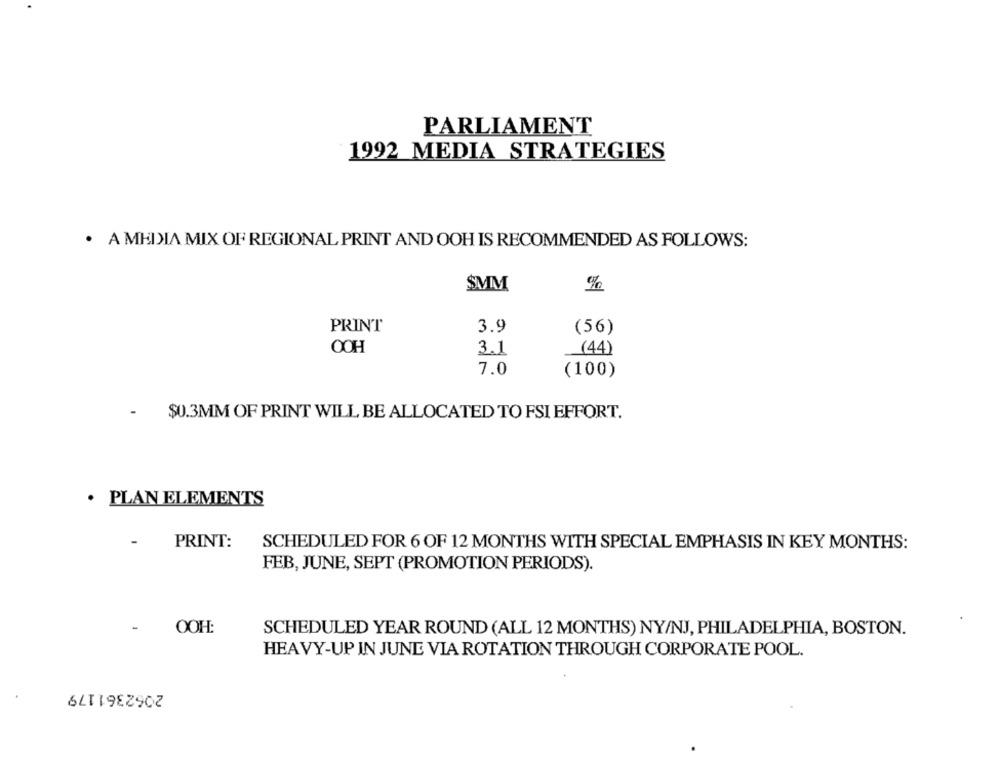
PARLIAMENT
1992 MEDIA STRATEGIES
. A MHDDIA MIX OF REGIONAL PRINT AND OOH IS RECOMMENDED AS FOLLOWS:
$MM
PRINT
3.9
(56)
OOH
3.1
(44)
7.0
(100)
$0.3MM OF PRINT WILL BE ALLOCATED TO FSI EFFORT.
. PLAN ELEMENTS
PRINT:
SCHEDULED FOR 6 OF 12 MONTHS WITH SPECIAL EMPHASIS IN KEY MONTHS:
FEB, JUNE, SEPT (PROMOTION PERIODS).
OOH:
SCHEDULED YEAR ROUND (ALL 12 MONTHS) NY/NJ, PHILADELPHIA, BOSTON.
HEAVY-UP IN JUNE VIA ROTATION THROUGH CORPORATE POOL.
2062361179